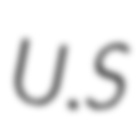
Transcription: U.S